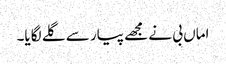
اماں بی نے مجھے پیار سے گلے لگایا۔